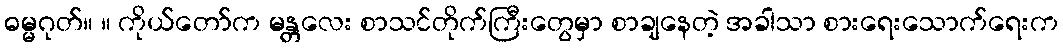
ဓမ္မဂုတ်။ ။ ကိုယ်တော်က မန္တလေး စာသင်တိုက်ကြီးတွေမှာ စာချနေတဲ့ အခါသာ စားရေးသောက်ရေးက